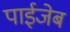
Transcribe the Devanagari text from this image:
पाईजेब